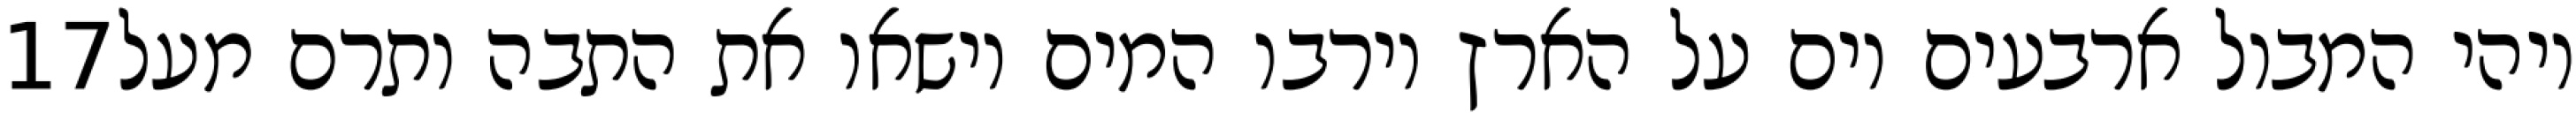
‎17‏ ויהי המבול ארבעים יום על הארץ וירבו המים וישאו את התבה ותרם מעל